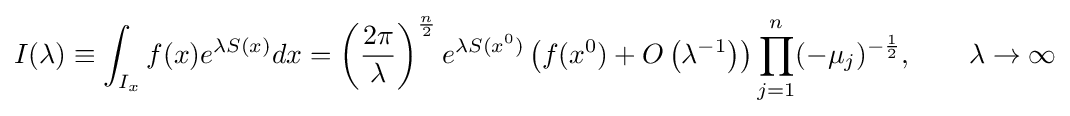
I(\lambda )\equiv \int _{I_{x}}f(x)e^{\lambda S(x)}dx=\left({\frac {2\pi }{\lambda }}\right)^{\frac {n}{2}}e^{\lambda S(x^{0})}\left(f(x^{0})+O\left(\lambda ^{-1}\right)\right)\prod _{j=1}^{n}(-\mu _{j})^{-{\frac {1}{2}}},\qquad \lambda \to \infty